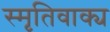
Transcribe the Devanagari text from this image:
स्मृतिवाक्य